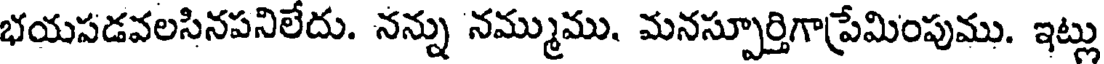
భయపడవలసినపనిలేదు. నన్ను నమ్ముము. మనస్పూర్తిగాప్రేమింపుము. ఇట్లు